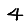
Digit: 4